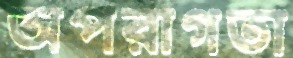
অপরাগতা